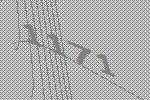
1171